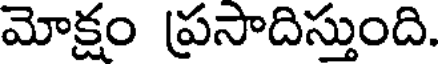
మోక్షం ప్రసాదిస్తుంది.